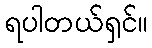
ရပါတယ်ရှင်။